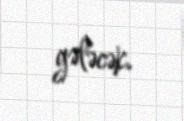
gələcək.